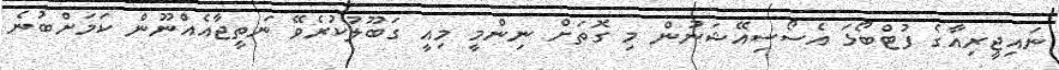
ނައިޖީރިއާގެ ފުޓްބޯޅަ އެސޯސިއޭޝަނުން މި ގޮތަށް ނިންމީ މިއީ ގަބޫލުކުރެވޭ ނަތީޖާއެއްނޫން ކަމަށްބުނެ